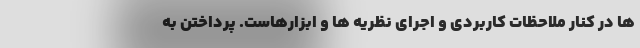
ها در کنار ملاحظات کاربردی و اجرای نظریه ها و ابزارهاست. پرداختن به